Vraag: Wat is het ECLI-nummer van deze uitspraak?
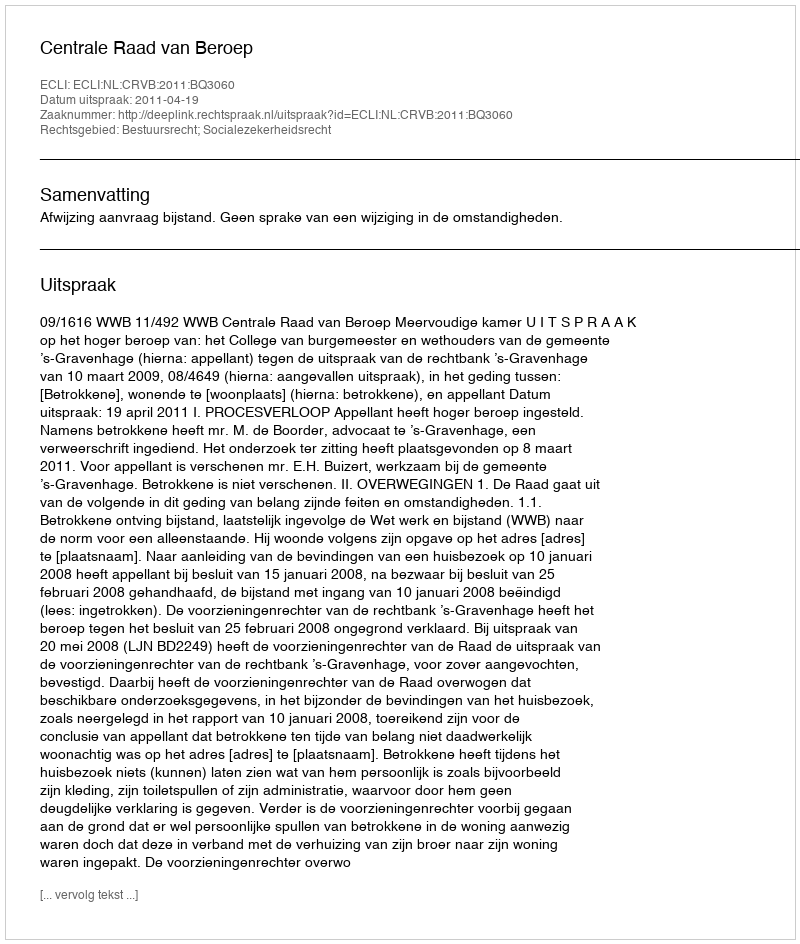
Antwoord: ECLI:NL:CRVB:2011:BQ3060